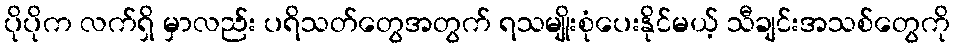
ပိုပိုက လက်ရှိ မှာလည်း ပရိသတ်တွေအတွက် ရသမျိုးစုံပေးနိုင်မယ့် သီချင်းအသစ်တွေကို